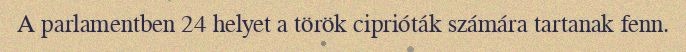
A parlamentben 24 helyet a török ciprióták számára tartanak fenn.